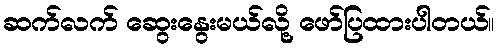
ဆက်လက် ဆွေးနွေးမယ်လို့ ဖော်ပြထားပါတယ်။